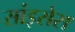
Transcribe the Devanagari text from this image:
सांइसेस